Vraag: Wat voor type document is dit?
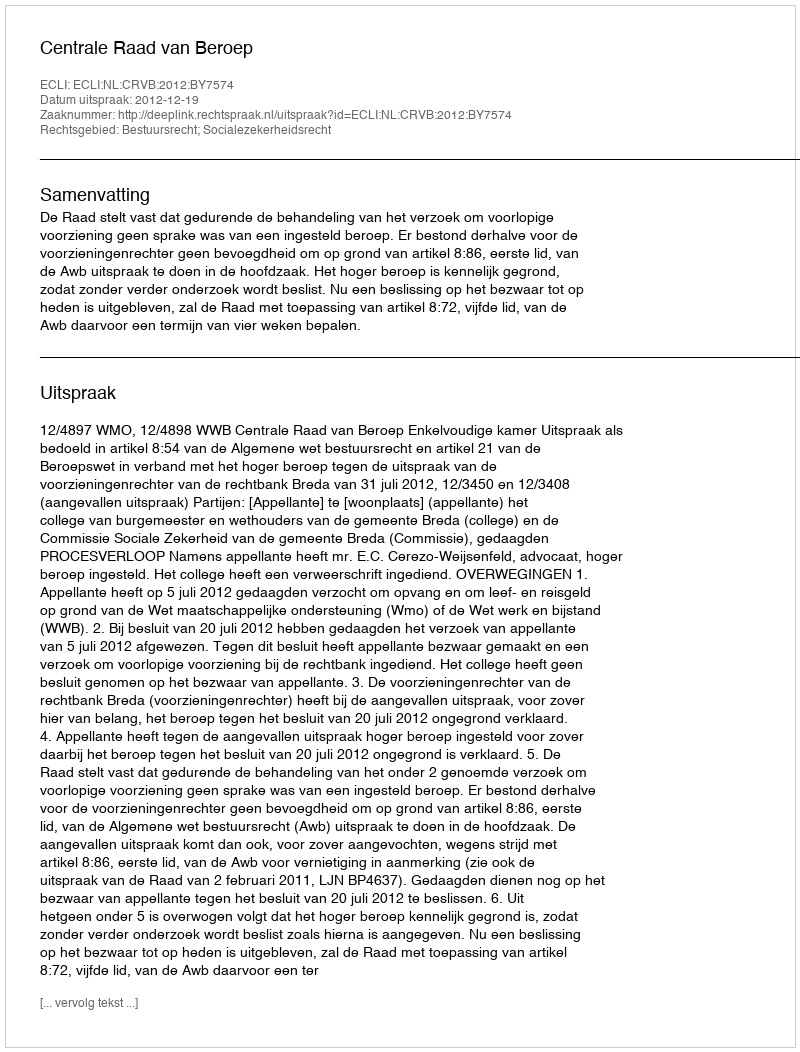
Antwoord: Uitspraak